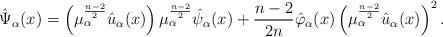
LaTeX: \begin{align*} \hat{\Psi}_\alpha(x) = \left(\mu_\alpha^{\frac{n-2}{2}} \hat{u}_\alpha (x) \right) \mu_\alpha^{\frac{n-2}{2}} \hat{\psi}_\alpha(x) +\frac{n-2}{2n}\hat{\varphi}_\alpha(x) \left(\mu_\alpha ^{\frac{n-2}{2}} \hat{u}_\alpha (x) \right)^2. \end{align*}